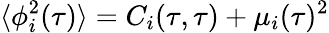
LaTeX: \langle\phi_{i}^{2}(\tau)\rangle=C_{i}(\tau,\tau)+\mu_{i}(\tau)^{2}